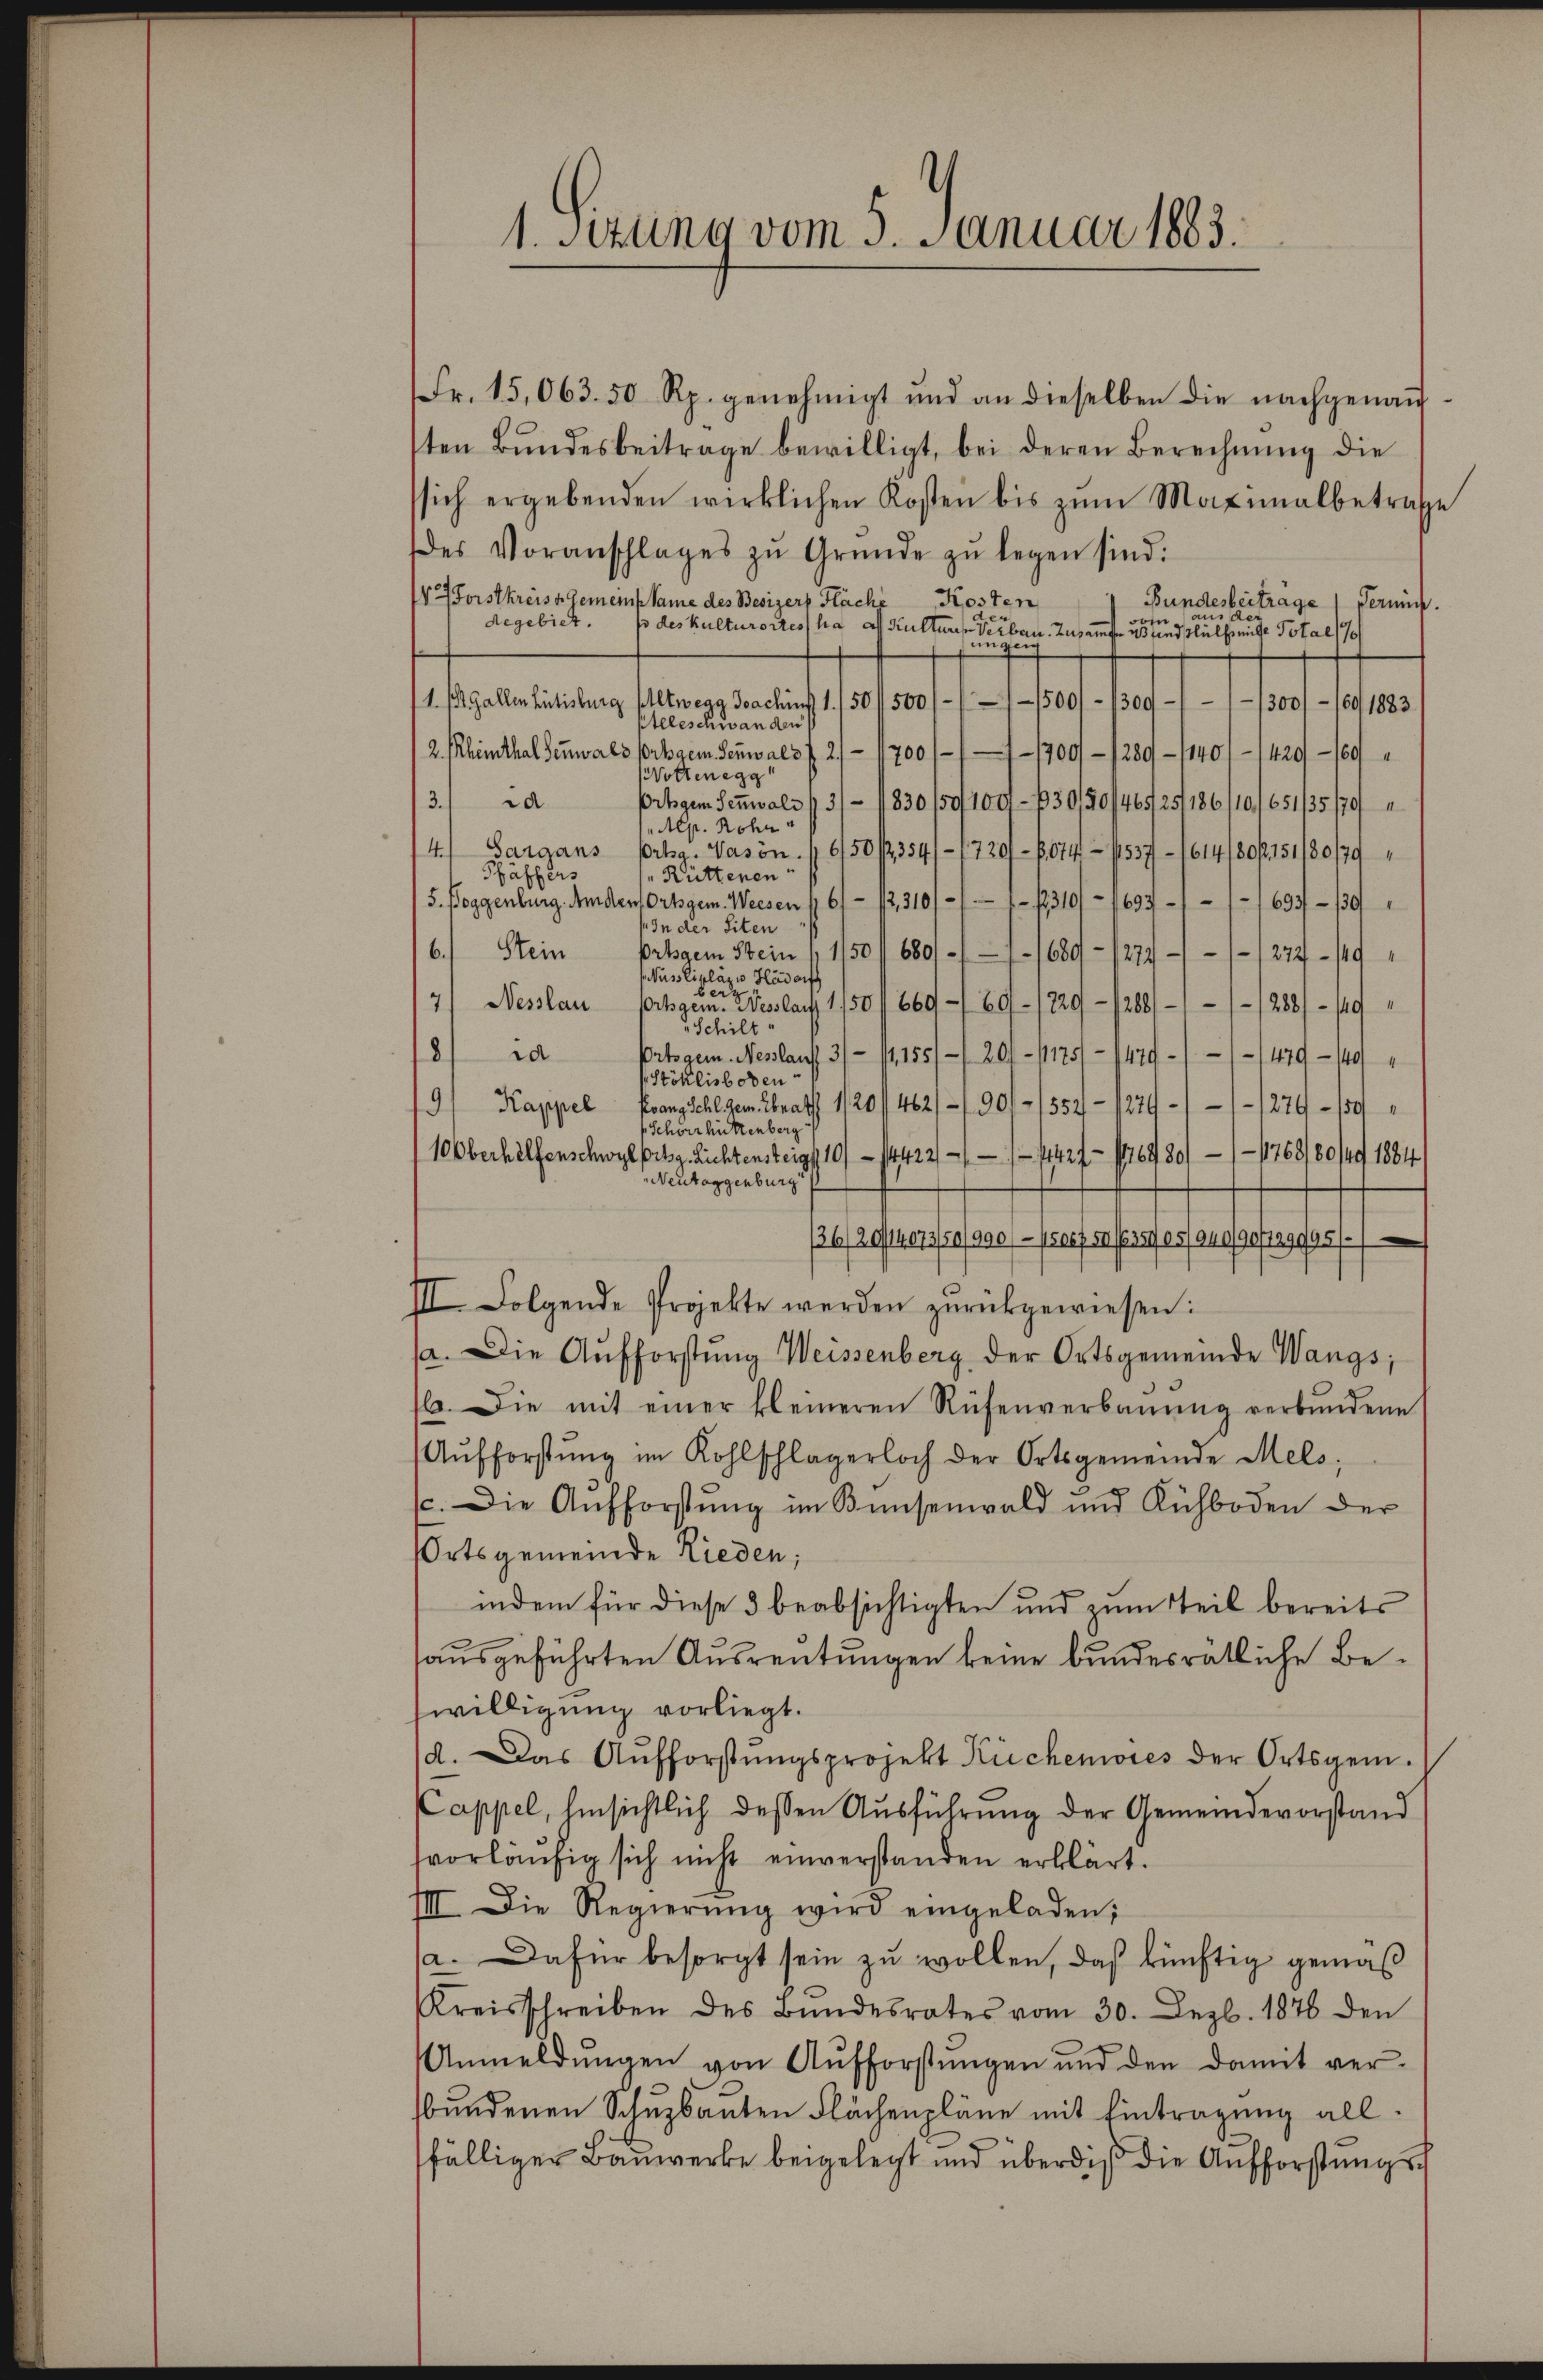
1. Setzung vom 5. Januar 1883.

Fr. 15,063. 50 Rp. genehmigt und an dieselben die nachgenau-
ten Bŭndesbeitrage bewilligt, bei deren Berechnŭng die
sich ergebenden wirklichen Kosten bis zŭm Maximalbetrafe
des Voranschlages zŭ Gründe zŭ legen sind.
V 7 Forstkreiss Gemeinsame des Besizers Fläche Kosten
Bundesbeitrage / Termin.
aus der
de
e
degebiet. I des kulturortes hat als Kultures 1
üben. Zusammte es sie andels nicht Total 179
actatersteriales solch
fhaft in
teleschwanden
2. Rheinthal Senwald portigem Senwald f. 2) 11700 /
1700 - 1289 - 140 - 1420 - 189
Woltenegg
3.
d
portigem Sensals 13/ – 1830 /5/100-130/30/46525/186/10./651/35/0
Alp. Rohne
4.) Sargans portig. Vasön. 1950 / 354/- (729 - 1074 - 1537 - 1614/80/151/80/79
Phäffers
„Ruttenen
5. Poggenburg. Amden Ortsgem. Weesen 16/ 1,310/11 1310/ – 1693 - 11 - 1693 - 130
In der Siten
Stein
b.
prtigem Stein " 150 / 680 - 1689 - 1274///277 - 149
sus Cipläzio Häderf
beiz
7/ Nesslau pilgem. Nesslau 1/50/869 - 89 - 1829 - 1288/11 - 1288/ – 149
Schilt
8d
Ortogen. Neslauf 31 - 11,155/ 201 - 11751 - 1429-1/ 1479 - 149
öhlisboten
9) Kappel Franzschl dem Grath 1/20/462/1901 - 1557 - 127-11 - 1879 – 189
Schwerhüttenberg
1769/80/4 1884
10Oberhelfenschwyl pilg. Lichtensteig 10 - 14422/11 1427 (16989/
Neutoggenburg
26) 20 40750/900//srefen erst es ausgest39998/
III. Folgende Projekte werden zŭrückgewiesen:
a. Die Aufforstung Weissenberg der Ortsgemeinde Wangs;
b. Die mit einer kleineren Rüfenverbaŭŭng verbundene
Aŭfforstŭng im Kohlschlägerloch der Ortsgemeinde Mels;
c. Die Aufforstŭng im Bunsenwald und Kühboden der
Ortsgemeinde Rieden;
indem für diese 3 beabsichtigten und zum Teil bereits
ausgeführten Ausreutungen keine bundesrätliche Bewilligung vorliegt.
/d. Das Aŭfforstŭngsprojekt Küchenwies der Ortsgem.
Cappel, Einsichtlich dessen Ausführung der Gemeindevorstand
svorläŭfig sich nicht einverstanden erklärt.
IIII. Die Regierŭng wird eingeladen;
a. Dafür besorgt sein zŭ wollen, daß künftig gemäß
Kreisschreiben des Bŭndesrates vom 30. Dez. 1876 den
Anmeldŭngen von Aŭfforstŭngen und den damit ver-
bundenen Schuzbanten Flächenpläne mit Eintragung allfälliger Bauwerke beigelegt und überdis die Aufforstŭngs-